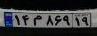
۱۴م۸۶۹۱۹